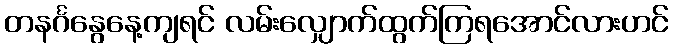
တနင်္ဂနွေနေ့ကျရင် လမ်းလျှောက်ထွက်ကြရအောင်လားဟင်